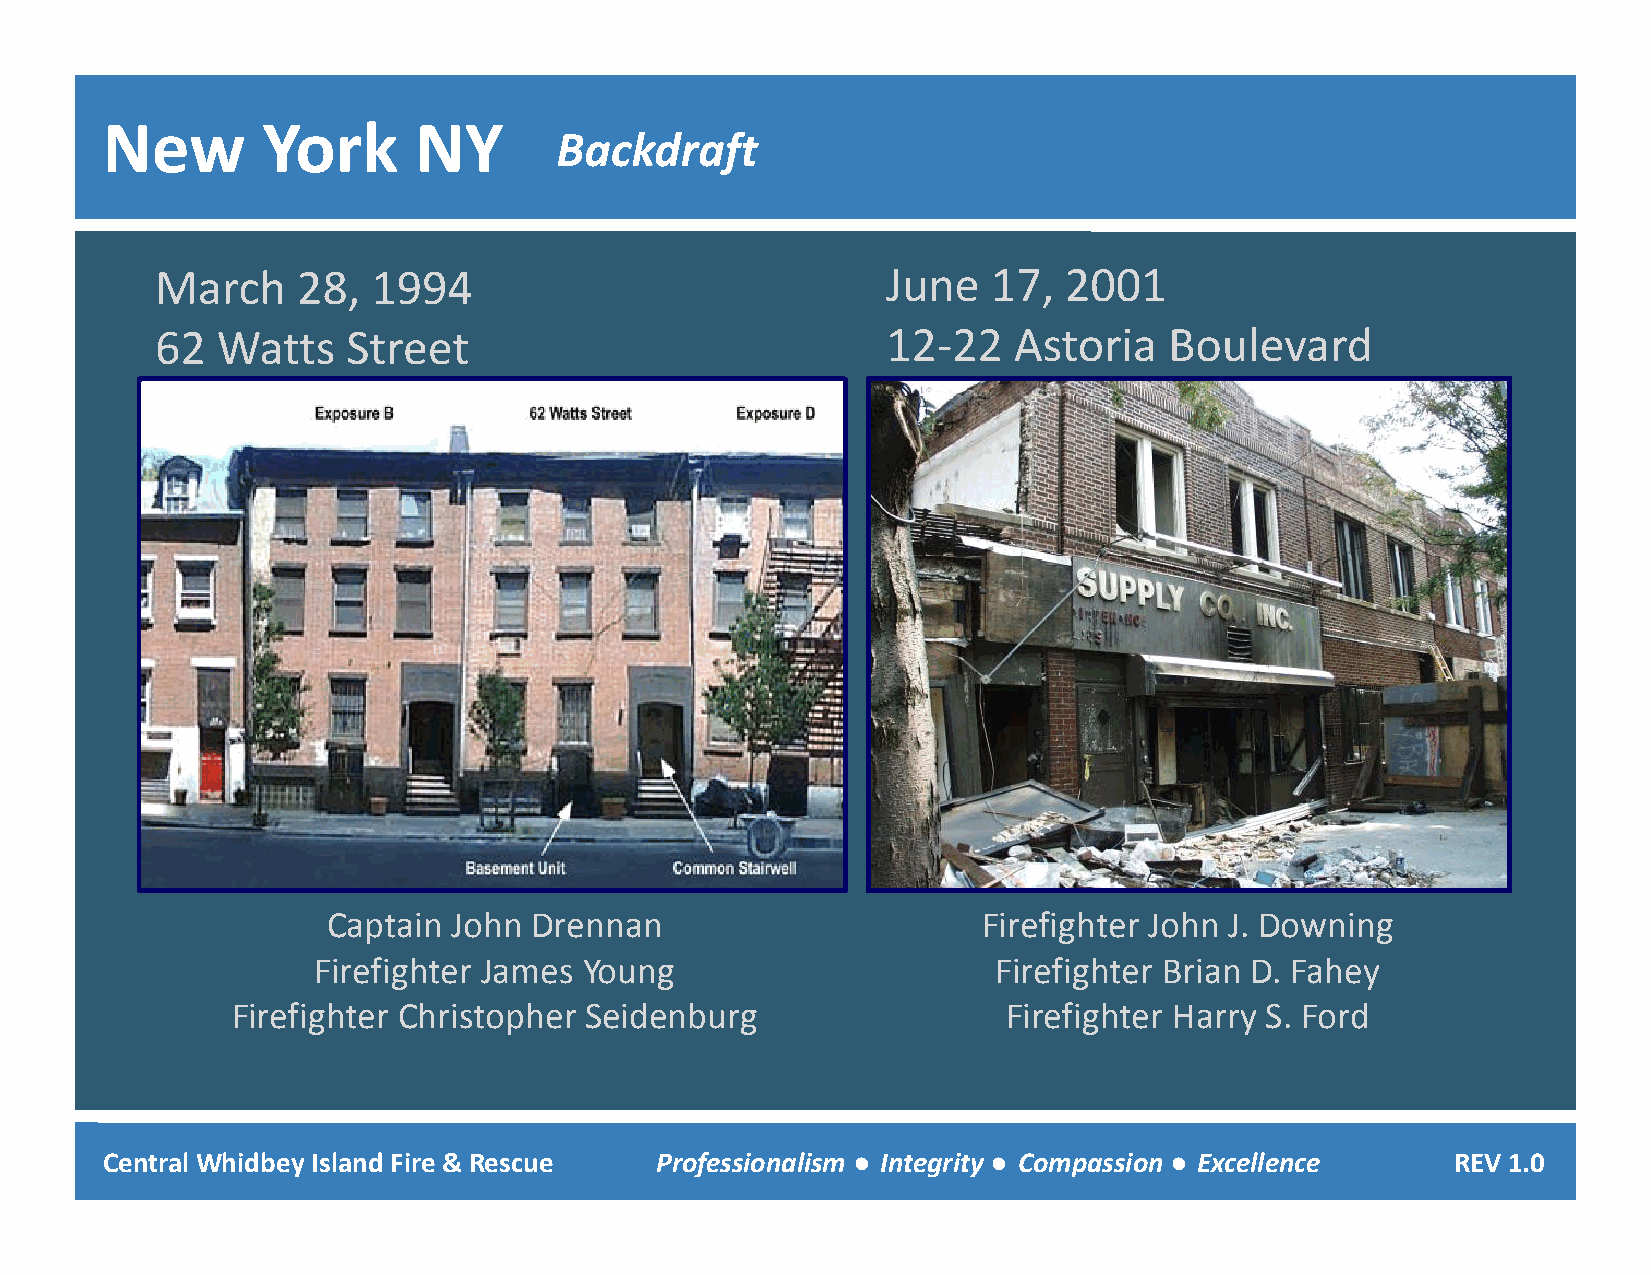
New       York      NY
 Backdraft
 March     28,  1994                              June   17, 2001
 62  Watts    Street                              12‐22   Astoria   Boulevard
 Captain John Drennan                       Firefighter John J. Downing
 Firefighter James Young                      Firefighter Brian D. Fahey
 Firefighter Christopher Seidenburg                  Firefighter Harry S. Ford
 Central Whidbey Island Fire & Rescue Professionalism ● Integrity ● Compassion ● Excellence REV 1.0